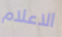
الاعلام